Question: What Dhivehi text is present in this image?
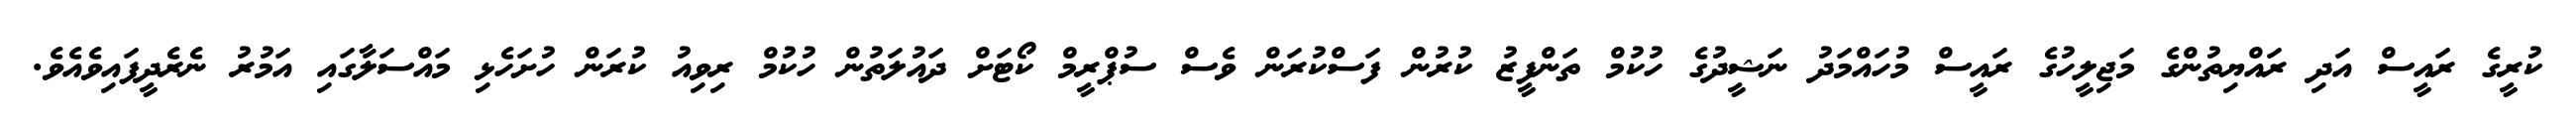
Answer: ކުރީގެ ރައީސް އަދި ރައްޔިތުންގެ މަޖިލީހުގެ ރައީސް މުހައްމަދު ނަޝީދުގެ ހުކުމް ތަންފީޒު ކުރުން ފަސްކުރަން ވެސް ސުޕްރީމް ކޯޓަށް ދައުލަތުން ހުކުމް ރިވިއު ކުރަން ހުށަހެޅި މައްސަލާގައި އަމުރު ނެރެދީފައިވެއެވެ.